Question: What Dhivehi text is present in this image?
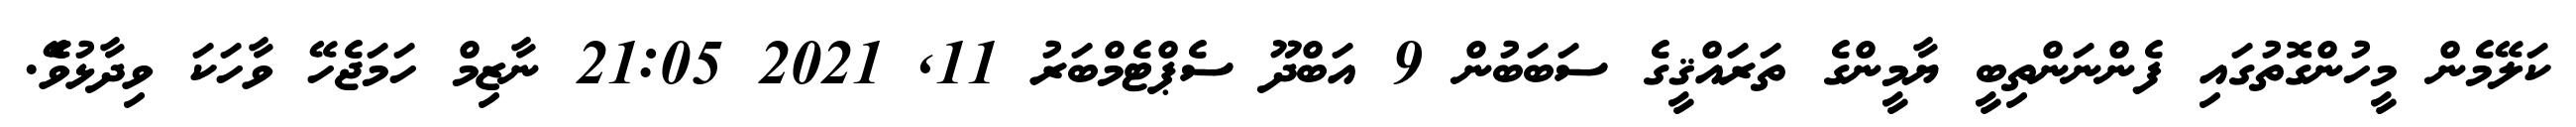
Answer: ކަލޭމެން މީހުންގޮތުގައި ފެންނަންތިބީ ޔާމީންގެ ތަރައްޤީގެ ސަބަބުން 9 އަބްދޫ ސެޕްޓެމްބަރު 11, 2021 21:05 ނާޒިމް ހަމަޖެހޭ ވާހަކަ ވިދާޅުވެޭ.